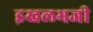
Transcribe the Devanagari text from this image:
इखलभजी